Mental hospitals Bombay report 1929-33 - 1929-1933
Year: 1929
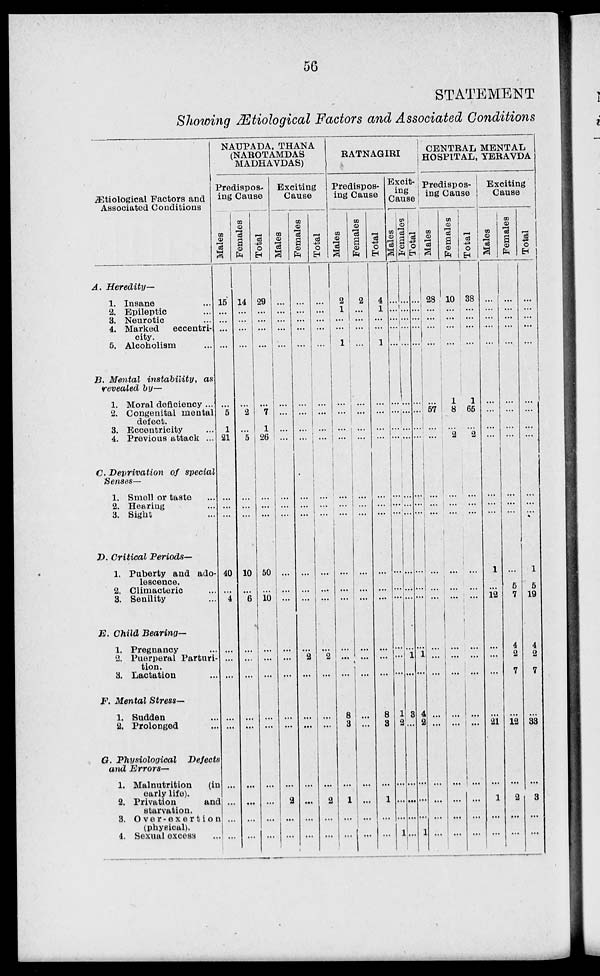
56
STATEMENT
Showing Ætiological Factors and Associated Conditions
Ætiological Factors and
Associated Conditions
A.
Heredity—
1. Insane ...
2. Epileptic ...
3. Neurotic ...
4. Marked
eccentri-
city.
5. Alcoholism
B. Mental instability,
as
revealed by—
1. Moral deficiency ...
2. Congenital mental
defect.
3. Eccentricity ...
4. Previous attack ...
C. Deprivation
of special
Senses—
1. Smell or taste ...
2. Hearing ...
3. Sight ...
D. Critical
Periods—
1. Puberty and ado-
lescence.
2. Climacteric ...
3. Senility ...
E. Child Bearing—
1. Pregnancy ...
2. Puerperal Parturi-
tion.
3. Lactation ...
F. Mental Stress—
1. Sudden ...
2. Prolonged ...
G. Physiological
Defects
and Errors—
1. Malnutrition
(in
early life).
2. Privation
and
starvation.
3. Over-exertion
(physical).
4. Sexual excess
...
NAUPADA, THANA
(NAROTAMDAS
MADHAVDAS)
Predispos-
ing Cause
Males
15
...
...
...
...
...
5
1
21
...
...
...
40
...
4
...
...
...
...
...
...
...
...
...
Females
14
...
...
...
...
...
2
...
5
...
...
...
10
...
6
...
...
...
...
...
...
...
...
...
Total
29
...
...
...
...
...
7
1
26
...
...
...
50
...
10
...
...
...
...
...
...
...
...
...
Exciting
Cause
Males
...
...
...
...
...
...
...
...
...
...
...
...
...
...
...
...
...
...
...
...
...
2
...
...
Females
...
...
...
...
...
...
...
...
...
...
...
...
...
...
...
...
2
...
...
...
...
...
...
...
Total
...
...
...
...
...
...
...
...
...
...
...
...
...
...
...
...
2
...
...
...
...
2
...
...
RATNAGIRI
Predispos-
ing Cause
Males
2
1
...
...
1
...
...
...
...
...
...
...
...
...
...
...
...
...
8
3
...
1
...
...
Females
2
...
...
...
...
...
...
...
...
...
...
...
...
...
...
...
...
...
...
...
...
...
...
...
Total
4
1
...
...
1
...
...
...
...
...
...
...
...
...
...
...
...
...
8
3
...
1
...
...
Excit¬
ing
Cause
Males
...
...
...
...
...
...
...
...
...
...
...
...
...
...
...
...
...
...
1
2
...
...
...
1
Females
...
...
...
...
...
...
...
...
...
...
...
...
...
...
...
...
1
...
3
...
...
...
...
...
Total
...
...
...
...
...
...
...
...
...
...
...
...
...
...
...
...
1
...
4
2
...
...
...
1
CENTRAL MENTAL
HOSPITAL, YERAVDA
Predispos-
ing Cause
Males
28
...
...
...
...
...
57
...
...
...
...
...
...
...
...
...
...
...
...
...
...
...
...
...
Females
10
...
...
...
...
1
8
...
2
...
...
...
...
...
...
...
...
...
...
...
...
...
...
...
Total
38
...
...
...
...
1
65
...
2
...
...
...
...
...
...
...
...
...
...
...
...
...
...
...
Exciting
Cause
Males
...
...
...
...
...
...
...
...
...
...
...
...
1
...
12
...
...
...
...
21
...
1
...
...
Females
...
...
...
...
...
...
...
...
...
...
...
...
...
5
7
4
2
7
...
12
...
2
...
...
Total
...
...
...
...
...
...
...
...
...
...
...
...
1
5
19
4
2
7
...
33
...
3
...
...